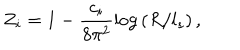
LaTeX: Z _ { i } = 1 - \frac { c _ { i } } { 8 \pi ^ { 2 } } \mathrm { l o g } \left( R / l _ { s } \right) ,